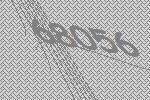
68056